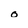
Character: o